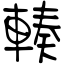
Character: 輳